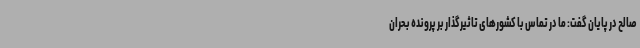
صالح در پایان گفت: ما در تماس با کشورهای تاثیرگذار بر پرونده بحران